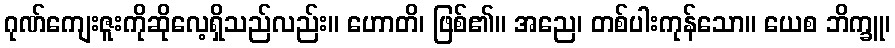
ဂုဏ်ကျေးဇူးကိုဆိုလေ့ရှိသည်လည်း။ ဟောတိ၊ ဖြစ်၏။ အညေ၊ တစ်ပါးကုန်သော။ ယေစ ဘိက္ခူ၊